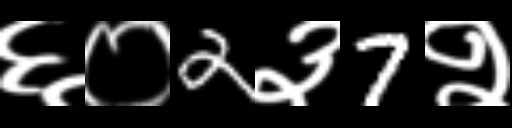
Text: ६०2३7२